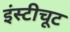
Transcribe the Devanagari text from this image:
इंस्टीचूट